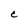
Character: C